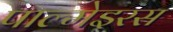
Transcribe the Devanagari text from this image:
पाल्मेइरस